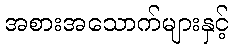
အစားအသောက်များနှင့်